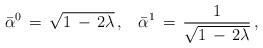
\begin{align*}\bar\alpha^0\,=\,\sqrt{1\,-\,2\lambda}\,{,}\quad\bar\alpha^1\,=\,\frac{1}{\sqrt{1\,-\,2\lambda}}\,{,}\end{align*}